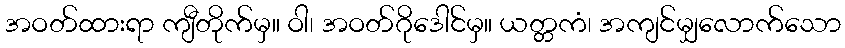
အဝတ်ထားရာ ကျီတိုက်မှ။ ဝါ၊ အဝတ်ဂိုဒေါင်မှ။ ယတ္တကံ၊ အကျင်မျှလောက်သော